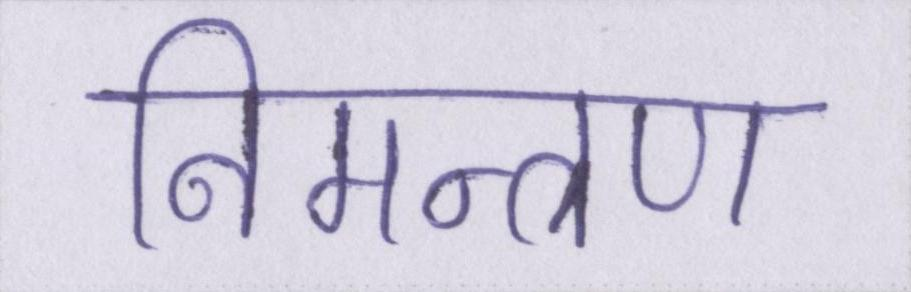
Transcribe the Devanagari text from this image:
निमन्त्रण